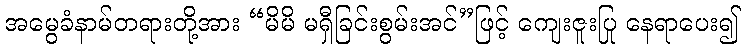
အမွေခံနာမ်တရားတို့အား “မိမိ မရှီခြင်းစွမ်းအင်”ဖြင့် ကျေးဇူးပြု နေရာပေး၍